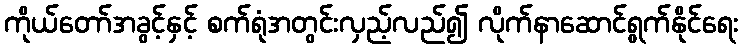
ကိုယ်တော်အခွင့်နှင့် စက်ရုံအတွင်းလှည့်လည်၍ လိုက်နာဆောင်ရွက်နိုင်ရေး